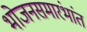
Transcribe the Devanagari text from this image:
भोजनसमारंभांत